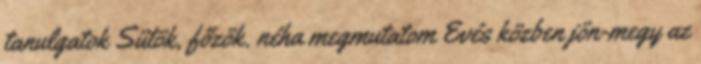
tanulgatok Sütök, főzök. néha megmutatom Evés közben jön-megy az